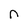
Character: n